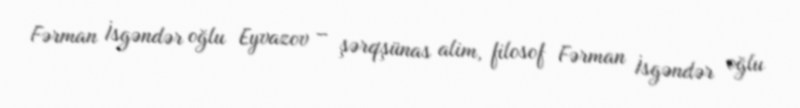
Fərman İsgəndər oğlu Eyvazov – şərqşünas alim, filosof Fərman İsgəndər oğlu